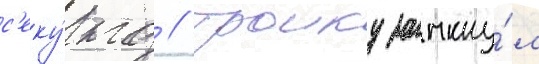
с'еку́нд // Троику замкну́л